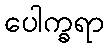
ပေါက္ခရာ